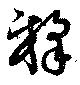
釋